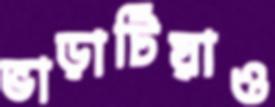
ভাড়াটিয়াও